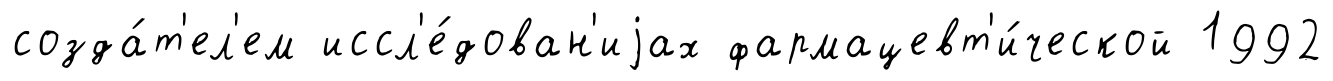
созда́т'ел'ем иссл'е́дован'иjах фармацевт'и́ческой 1992